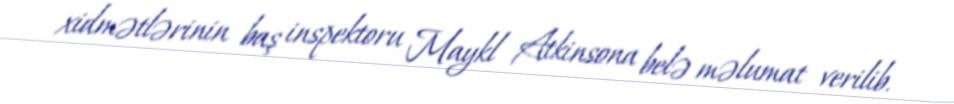
xidmətlərinin baş inspektoru Maykl Atkinsona belə məlumat verilib.